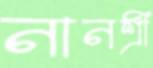
নানশ্রী